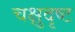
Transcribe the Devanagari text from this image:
चक्षुदृष्ट